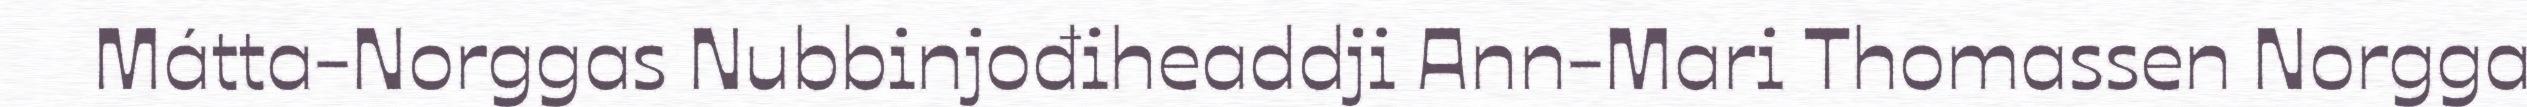
Mátta-Norggas Nubbinjođiheaddji Ann-Mari Thomassen Norgga